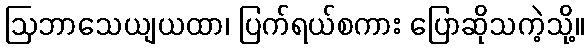
ဩဘာသေယျယထာ၊ ပြက်ရယ်စကား ပြောဆိုသကဲ့သို့။